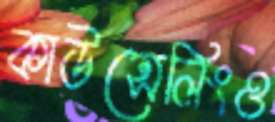
কাউন্সেলিংও